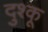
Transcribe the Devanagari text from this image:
दुश्कू